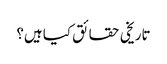
تاریخی حقائق کیا ہیں؟